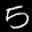
Label: 5